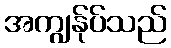
အကျွန်ုပ်သည်